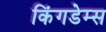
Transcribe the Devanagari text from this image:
किंगडेम्स